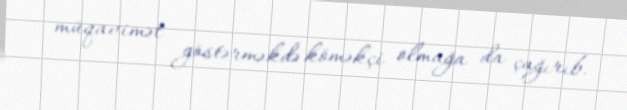
müqavimət göstərməkdə köməkçi olmağa da çağırıb.